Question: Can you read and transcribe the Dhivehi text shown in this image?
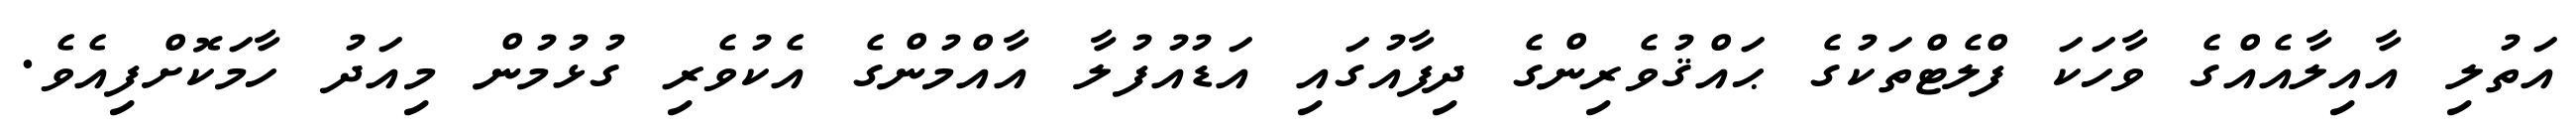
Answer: އަތުލި އާއިލާއެއްގެ ވާހަކަ ފްލެޓްތަކުގެ ޙައްޤުވެރިންގެ ދިފާއުގައި އަޑުއުފުލާ އާއްމުންގެ އެކުވެރި ގުޅުމުން މިއަދު ހާމަކޮށްފިއެވެ.